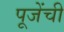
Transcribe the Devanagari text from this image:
पूजेंची